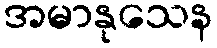
အမာနုသေန